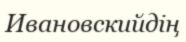
Ивановскийдің